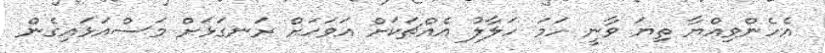
އެހެންވިއްޔާ ތިޔަ ވާނީ ހަމަ ހަލާލު އެއްޗަކަށް އަވަހަށް ރަނގަޅަށް މަސްއަޅައިގެން